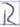
Text: R